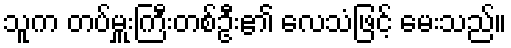
သူက တပ်မှူးကြီးတစ်ဦး၏ လေသံဖြင့် မေးသည်။